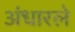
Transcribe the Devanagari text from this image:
अंधारले